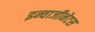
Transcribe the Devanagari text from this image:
इन्वाजीनेटस